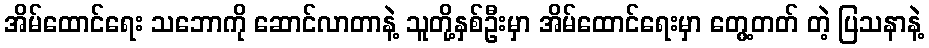
အိမ်ထောင်ရေး သဘောကို ဆောင်လာတာနဲ့ သူတို့နှစ်ဦးမှာ အိမ်ထောင်ရေးမှာ တွေ့တတ် တဲ့ ပြသနာနဲ့